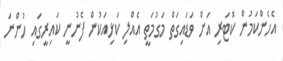
އެހެންކަމުން ކޮޓަރި އަށް ވަޑައިގަތް މަގުމަތީ އެއްލި ކަޅިއަކުން ފެނުނީ ކައިރީގައި ހުންނަ